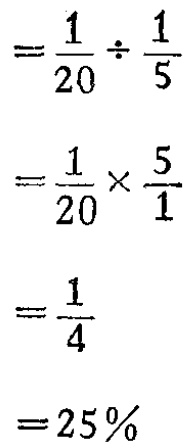
\[

\begin{align*}

&=\frac{1}{20}\div\frac{1}{5}\\

&=\frac{1}{20}\times\frac{5}{1}\\

&=\frac{1}{4}\\

&=25\%

\end{align*}

\]